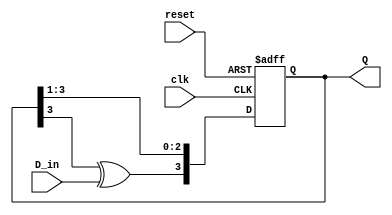
module feedback_register (
    input wire clk,         // Clock input
    input wire reset,       // Reset signal
    input wire D_in,        // Input data
    output reg [3:0] Q      // 4-bit output register
);

// Feedback mechanism: XOR of the last bit and D_in
wire feedback = Q[3] ^ D_in;

// Sequential logic for the feedback register
always @(posedge clk or posedge reset) begin
    if (reset) begin
        Q <= 4'b0000;      // Initialize register to zero on reset
    end else begin
        // Shift operation with feedback
        Q <= {feedback, Q[3:1]}; // Shift left and insert feedback into LSB
    end
end

endmodule